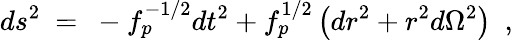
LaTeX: ds^{2}~=~-f_{p}^{-1/2}dt^{2}+f_{p}^{1/2}\left(dr^{2}+r^{2}d\Omega^{2}\right)~~,